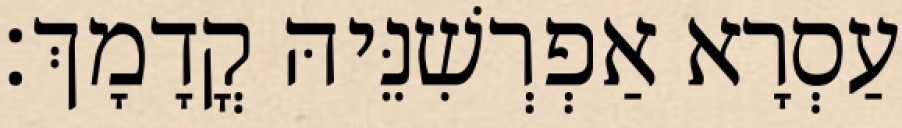
עַסְרָא אַפְרְשִׁנֵּיהּ קֳדָמָךְ׃